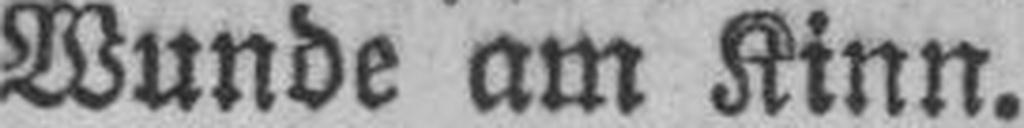
Wunde am Kinn.